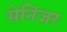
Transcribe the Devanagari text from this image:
मेनिंजर